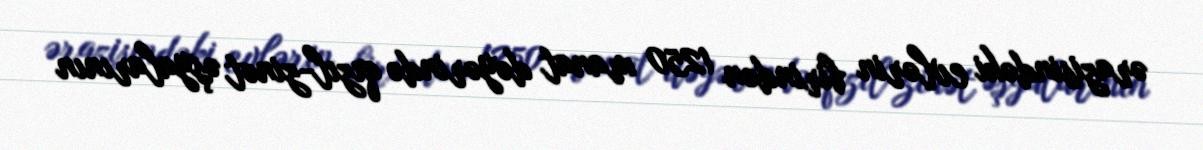
ərazisindəki evlərin birindən 1250 manat dəyərində qızıl-zinət əşyalarının